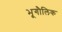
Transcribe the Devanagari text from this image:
भूगौलिक